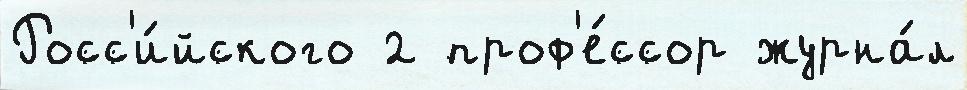
Росс'и́йского 2 проф'е́ссор журна́л